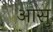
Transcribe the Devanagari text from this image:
आसु